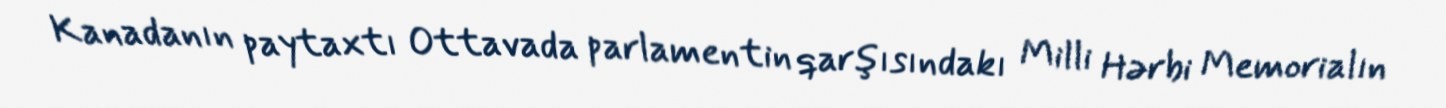
Kanadanın paytaxtı Ottavada parlamentin qarşısındakı Milli Hərbi Memorialın